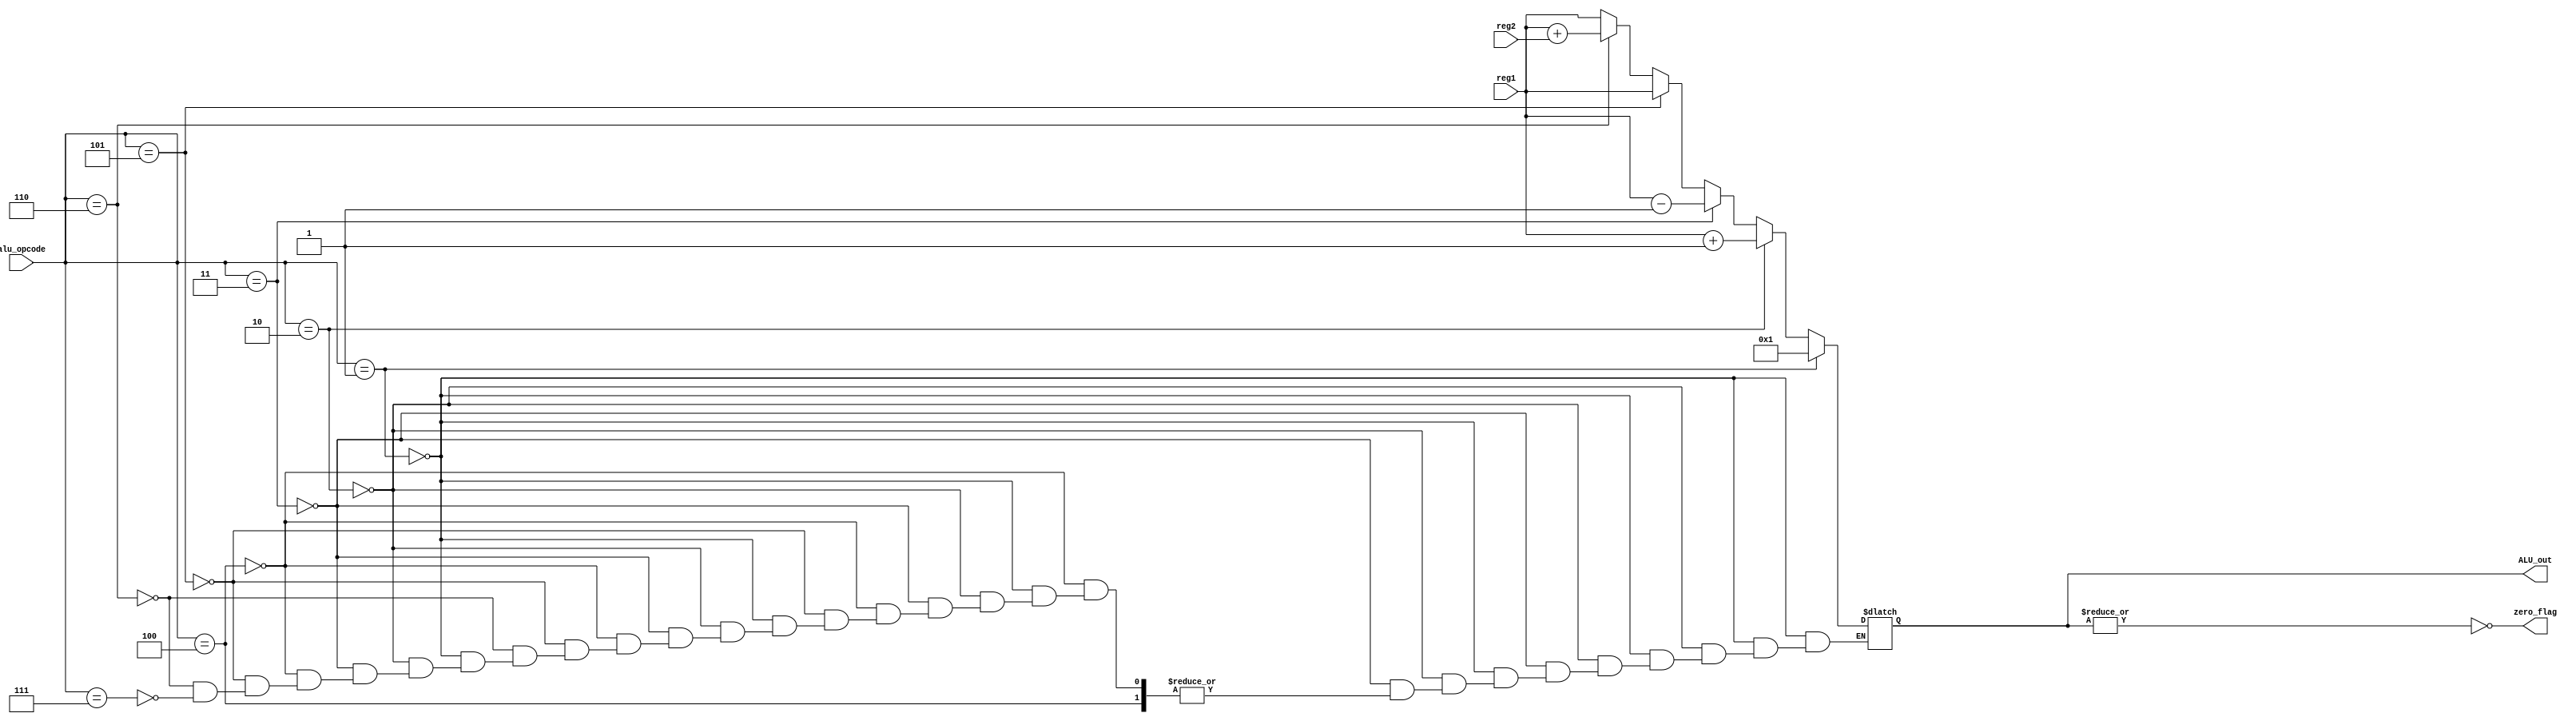
module ALU(reg1,reg2,alu_opcode,ALU_out,zero_flag);
parameter size = 4;
input [size-1:0] reg1,reg2;
input [2:0] alu_opcode;
output [size-1:0] ALU_out;
reg [size-1:0] ALU_out;
output zero_flag;
reg zero_flag;
reg [size-1:0] temp;
always @(*)
begin
if (alu_opcode==3'b001)
temp=4'b0001;//set 
else if (alu_opcode==3'b010)
temp=reg1+1;//increment 
else if (alu_opcode==3'b011)
temp=reg1-1;//decrement 
else if (alu_opcode==3'b100)
temp=temp;//load 
else if (alu_opcode==3'b101)
temp=reg1;//store 
else if (alu_opcode==3'b110)
temp=reg1+reg2;//add 
else if (alu_opcode==3'b111)
temp=reg1;//copy 
else
temp=temp;//noop
end
always @(*)
begin
ALU_out=temp;
zero_flag = ~(|temp);//check result is 0 or not 
end

endmodule